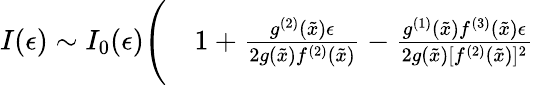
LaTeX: \begin{array}{rl}{I(\epsilon)\sim I_{0}(\epsilon)\Bigg(}&{{}1+\frac{g^{(2)}(\tilde{x})\epsilon}{2g(\tilde{x})f^{(2)}(\tilde{x})}-\frac{g^{(1)}(\tilde{x})f^{(3)}(\tilde{x})\epsilon}{2g(\tilde{x})[f^{(2)}(\tilde{x})]^{2}}}\end{array}